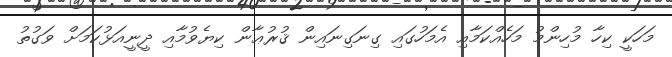
މަހަކީ ކިހާ މުހިންމު މަހެއްކަމާއި އެމަހުގައި ގިނަގިނައިން ޤުރުޢާން ކިޔެވުމާއި ދީނީއަޅުކަމަށް ވަގުތު